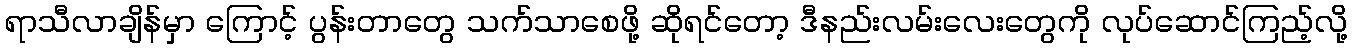
ရာသီလာချိန်မှာ ကြောင့် ပွန်းတာတွေ သက်သာစေဖို့ ဆိုရင်တော့ ဒီနည်းလမ်းလေးတွေကို လုပ်ဆောင်ကြည့်လို့